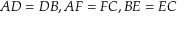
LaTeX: A D = D B , A F = F C , B E = E C